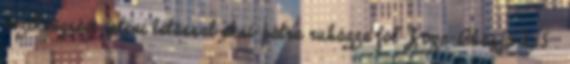
érzékenysége isteni látással aksi-pátra ruházza föl Jóga-Bhásja 2,15 .